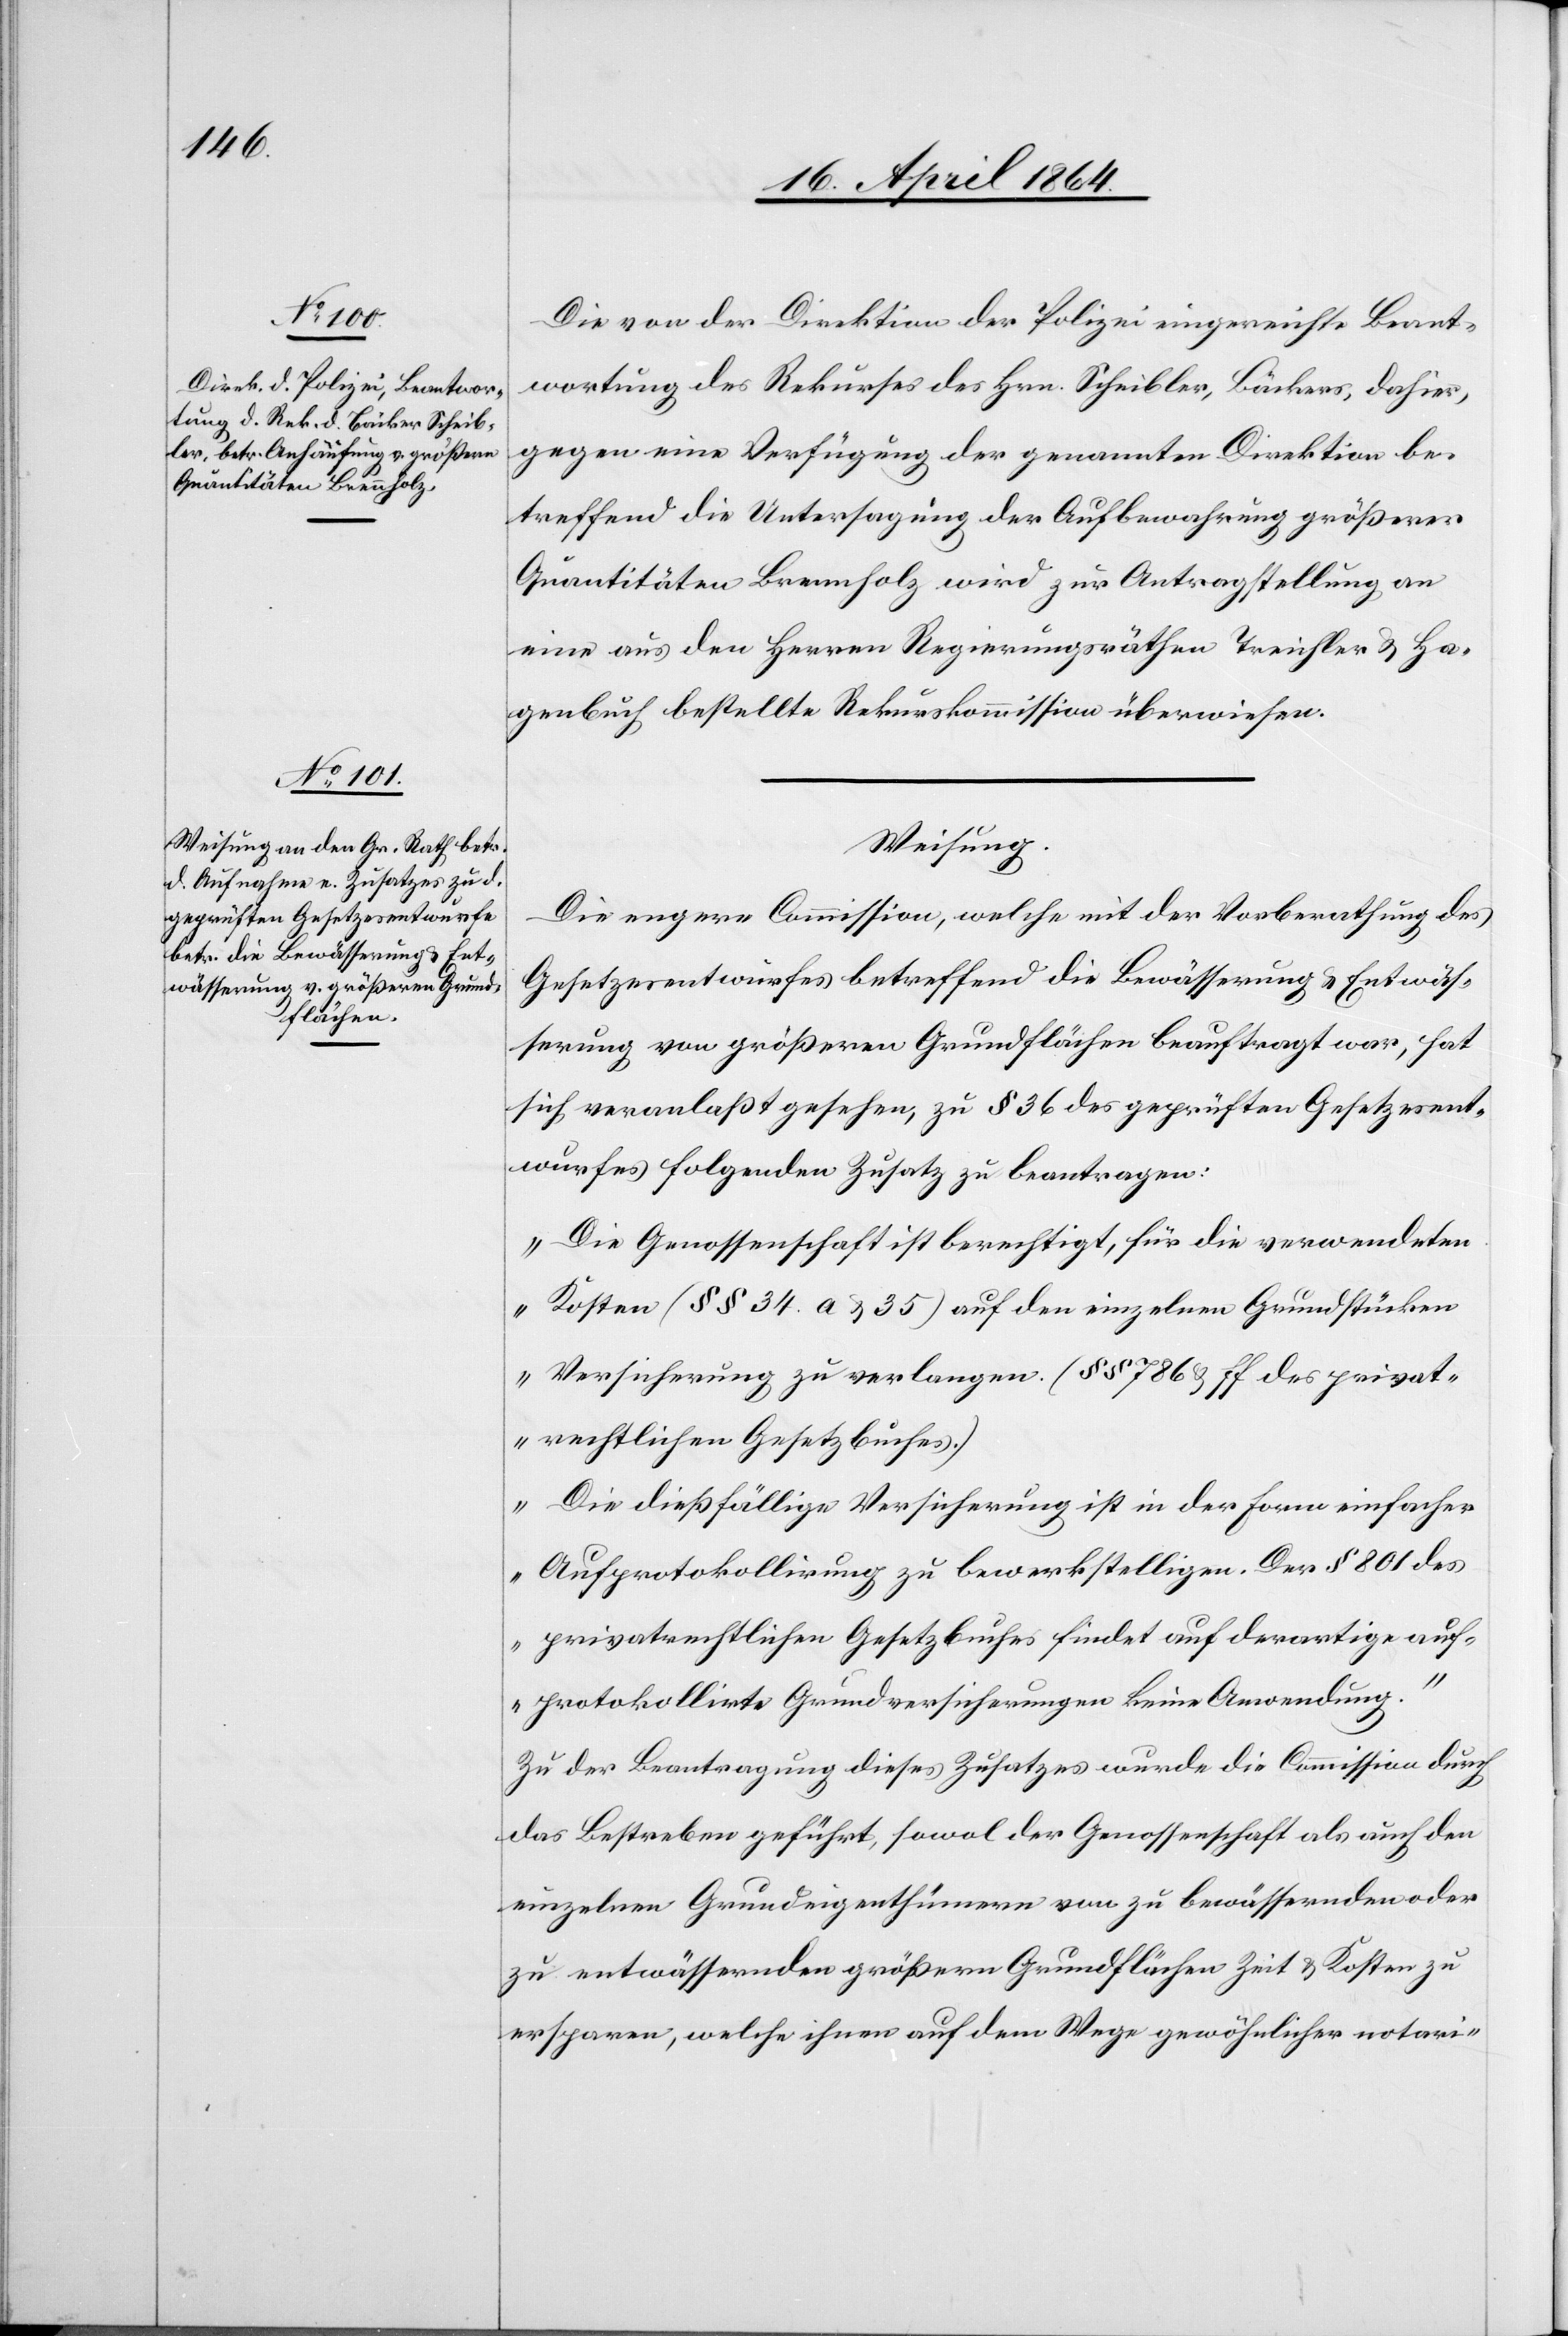
Die von der Direktion der Polizei eingereichte Beant¬
wortung des Rekurses des Hrn. Schibler, Bäckers, dahier,
gegen eine Verfügung der genannten Direktion be¬
treffend die Untersagung der Aufbewahrung größerer
Quantitäten Brennholz wird zur Antragstellung an
eine aus den Herren Regierungsräthen Treichler u. Ha¬
genbuch bestellte Rekurskommission überwiesen.
Weisung.
Die engere Commission, welche mit der Vorberathung des
Gesetzesentwurfes betreffend die Bewässerung u. Entwäs¬
serung von größeren Grundflächen beauftragt war, hat
sich veranlaßt gesehen, zu § 36 des geprüften Gesetzesent¬
wurfes folgenden Zusatz zu beantragen:
„Die Genossenschaft ist berechtigt, für die verwendeten
Kosten (§§ 34 a u. 35) auf den einzelnen Grundstücken
Versicherung zu verlangen. (§§ 786 u. ff. des privat¬
rechtlichen Gesetzbuches.)
Die dießfällige Versicherung ist in der Form einfacher
Aufprotokollirung zu bewerkstelligen. Der § 801 des
privatrechtlichen Gesetzbuches findet auf derartige auf¬
protokollirte Grundversicherungen keine Anwendung.“
Zu der Beantragung dieses Zusatzes wurde die Commission durch
das Bestreben geführt, sowol der Genossenschaft als auch den
einzelnen Grundeigenthümern von zu bewässernden oder
zu entwässernden größern Grundflächen Zeit u. Kosten zu
ersparen, welche ihnen auf dem Wege gewöhnlicher notari-